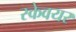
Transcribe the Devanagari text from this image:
स्केवयर